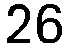
26